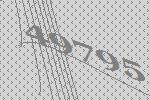
49795